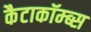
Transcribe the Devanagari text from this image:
कैटाकॉम्ब्स